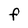
Character: F